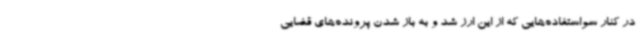
در کنار سواستفاده‌هایی که از این ارز شد و به باز شدن پرونده‌های قضایی